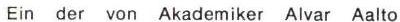
Ein der von Akademiker Alvar Aalto